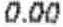
0.00